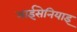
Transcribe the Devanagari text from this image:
माईसेनियाइ